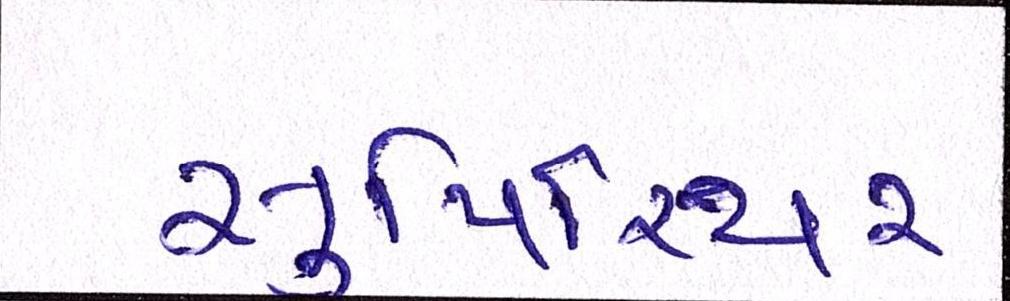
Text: સુપિરિયર